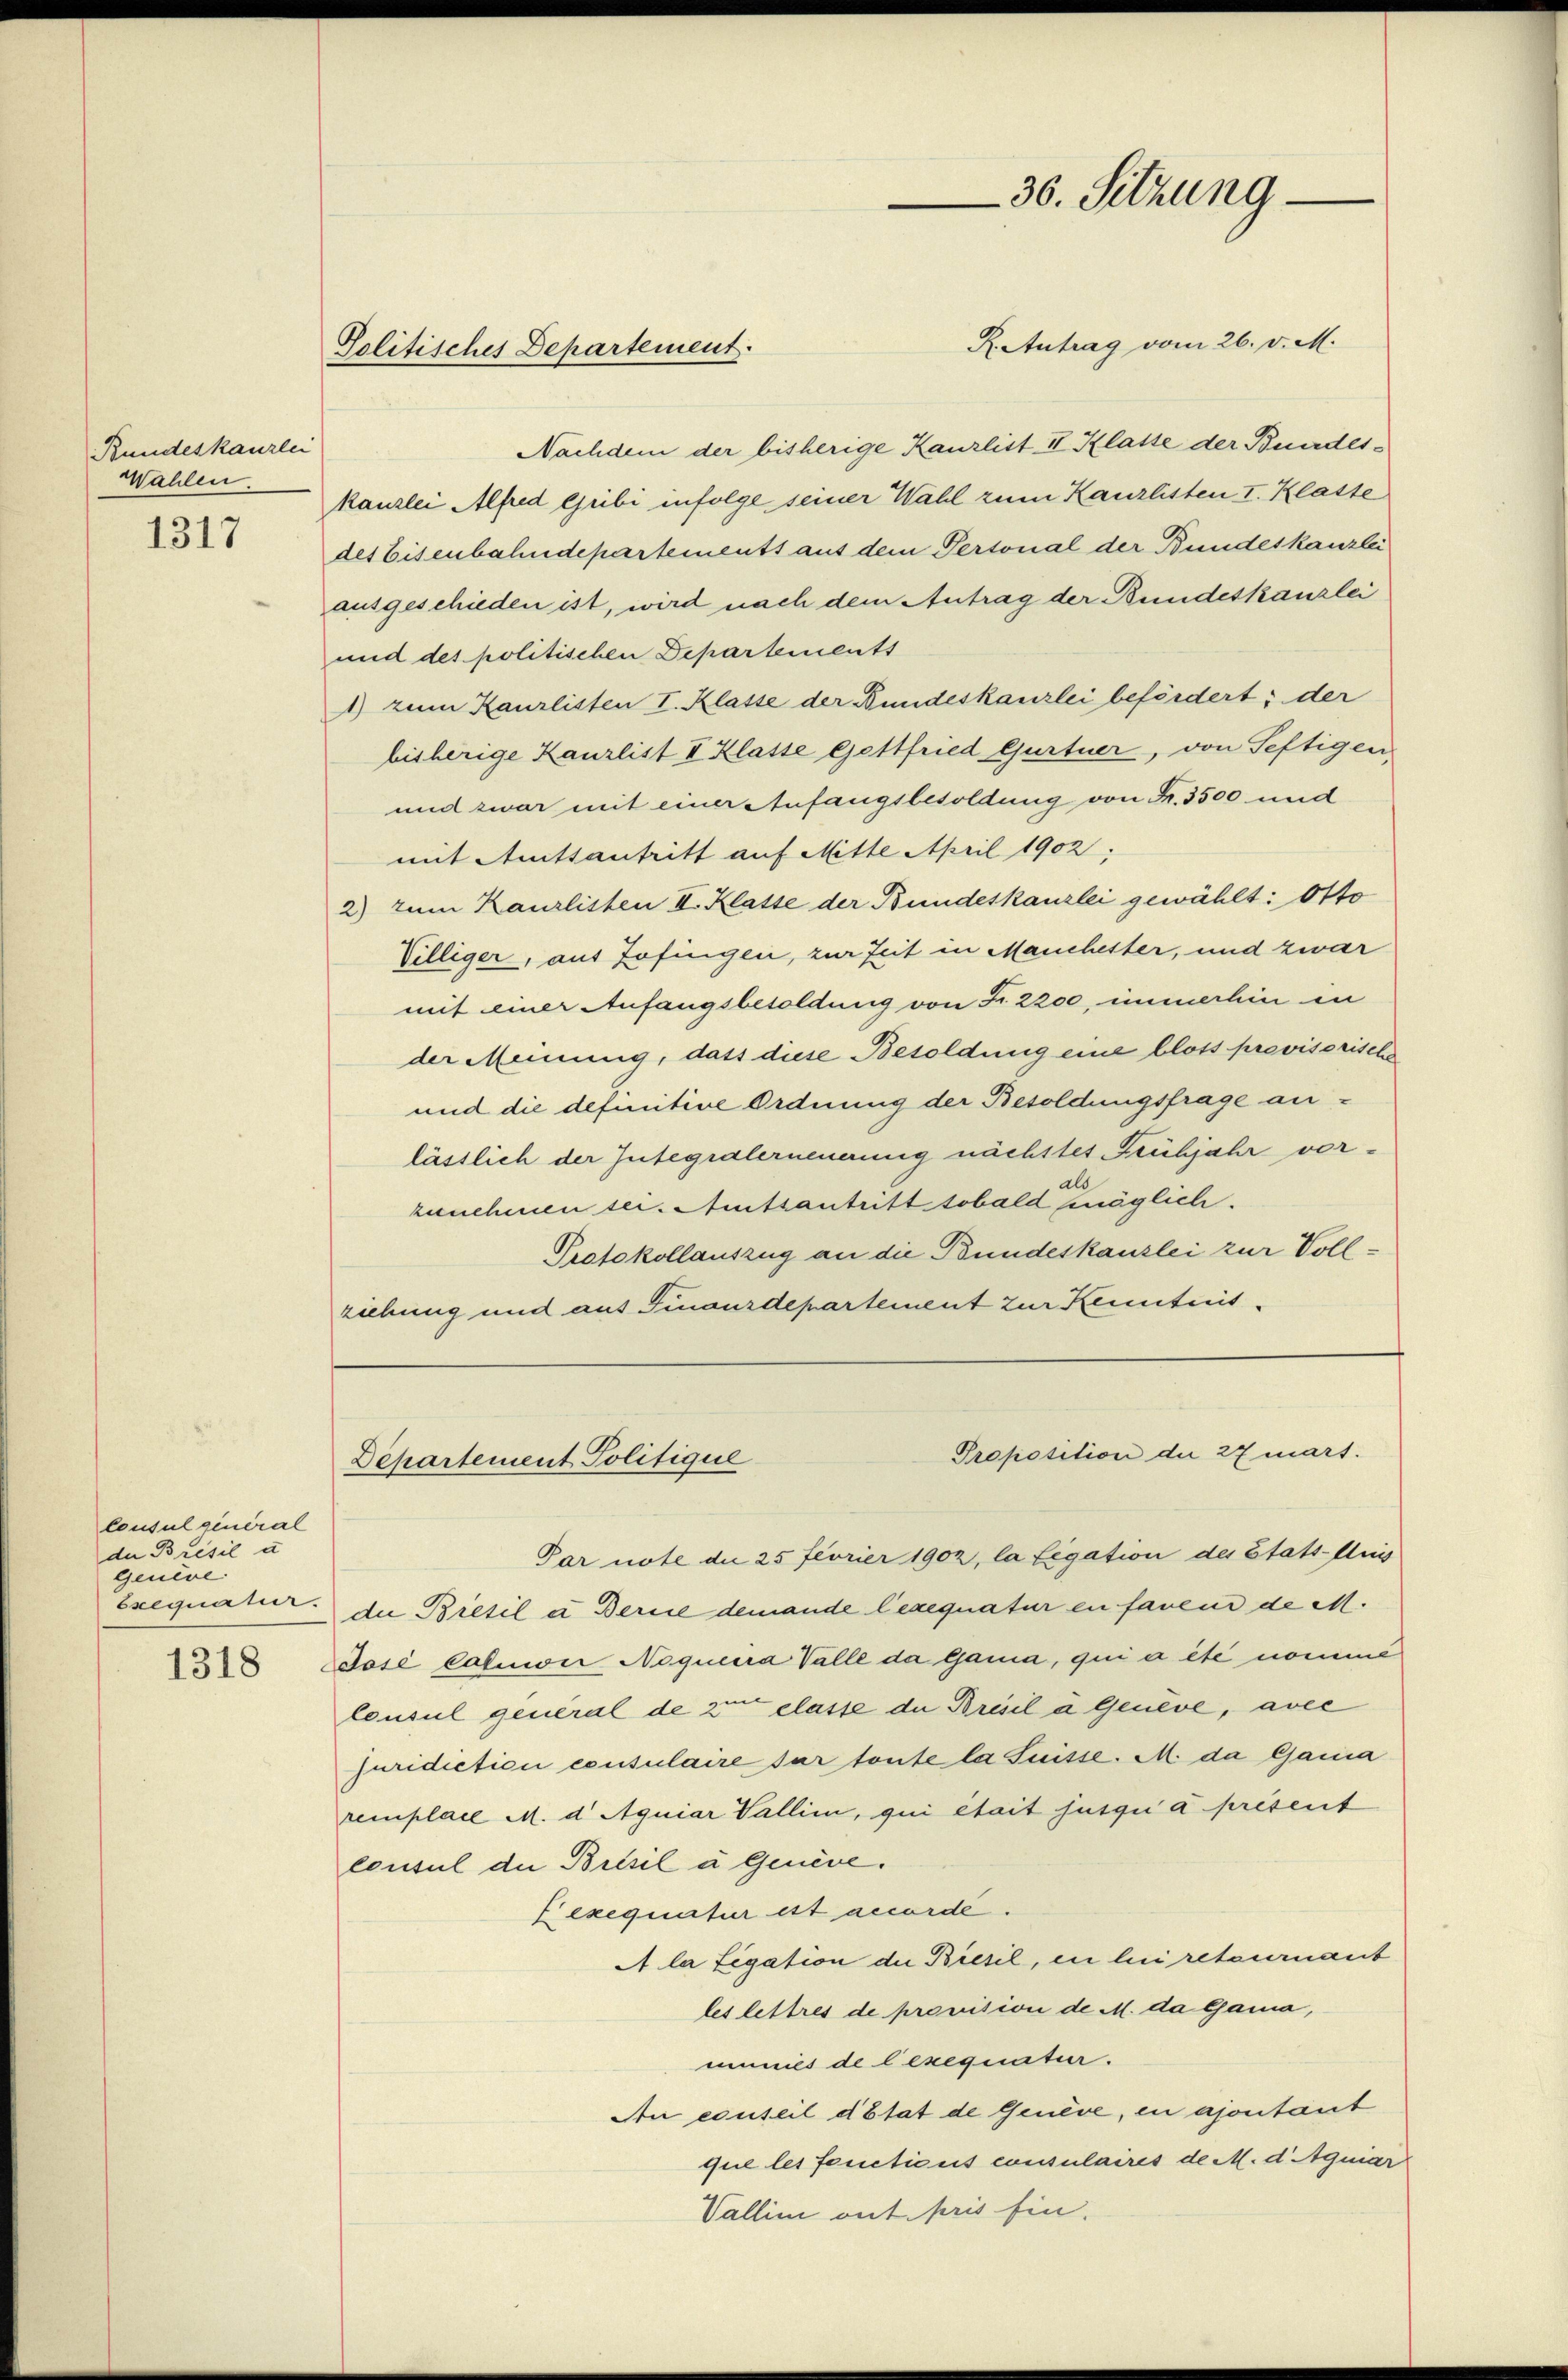
Bundeskanzlei
Wahlen.

1317

Consul general
der Brésil u
genève.
Exequatur.

1318

R. Antrag vom 26. v. M.
Nachdem der bisherige Kanzlist II Klasse der Bundes-
kanzlei Alfred Gribi infolge seiner Wahl zum Kanzlisten I. Klasse
des Eisenbahndepartements aus dem Pertonal der Bundeskanzlei
ausgeschieden ist, wird nach dem Antrag der Bundeskanzlei
und des politischen Departements
1) zum Kanzlisten I. Klasse der Bundeskanzlei befördert; der
bisherige Kanzlist II Klasse Gettfried Gurtner, von Seftigen
und zwar mit einer anfangsbesoldung von Fr. 3500 und
mit Amtsantritt auf Mitte April 1902:
2) zum Kanzlisten II. Klatte der Bundeskanzlei gewählt: Otto
Villiger, aus Zofingen, zur Zeit in Manchester, und zwar
mit einer Anfangsbesoldung von Fr. 2200, immerhin in
der Meinung, dass diese Besoldung eine bloss provisorische
und die definitive Ordnung der Besoldungsfrage anlässlich der Integralerneuerung nächstes Frühjahr vorls
zunehmen sei. Amtsantritt sobald möglich.
Protokollauszug an die Bundeskanzlei zur Vollziebung und aus Finaurdepartement zur Kenntnis-

Politisches Departement.

Departement Politique

36. Sitzung

Par note die 25 feurier 1902, la ligation des Etats-Aus
die Bresil i. Berice demande legequatur en faveur de M.
José pation Noquera Valle da Gama, qui a été nomme
Consul general de 3ten elasse de Bresl à Geneve, avec
juridiction consulaire sur toute la Suisse. M. da Gamia
remplace M. d Aquiar Vallii, qui était jusqui a présent
Consul die Bessel u Genève.
Texequatur est accorde.
A la Legation der Biesil, en lui retournaut
les lettres de provision de M. da Gama,
munies de lexequaten.
An conseil d’Etat de Genève, en ajontant
que les fonctionis consulaires de M. d. quiar
Vallini ont pris fin.

Proposition die 27 mart.